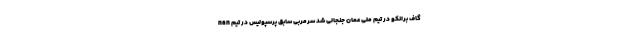
nan گاف برانکو در تیم ملی عمان جنجالی شد سرمربی سابق پرسپولیس در تیم